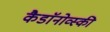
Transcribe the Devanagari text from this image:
कैडाॅनोव्स्की